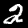
Label: 2